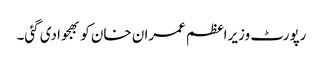
رپورٹ وزیراعظم عمران خان کو بھجوادی گئی۔